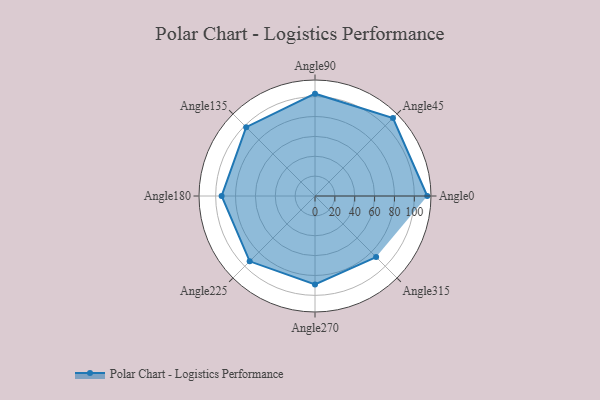
{"axis": {"x": "Angle", "y": "Radius"}, "legend": [""], "data": [{"x": "Angle0", "y": 113.0, "type": ""}, {"x": "Angle45", "y": 111.0, "type": ""}, {"x": "Angle90", "y": 103.0, "type": ""}, {"x": "Angle135", "y": 98.0, "type": ""}, {"x": "Angle180", "y": 94.0, "type": ""}, {"x": "Angle225", "y": 93.0, "type": ""}, {"x": "Angle270", "y": 89.0, "type": ""}, {"x": "Angle315", "y": 87.0, "type": ""}]}